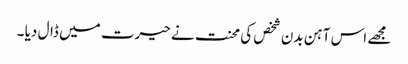
مجھے اس آہن بدن شخص کی محنت نے حیرت میں ڈال دیا ۔